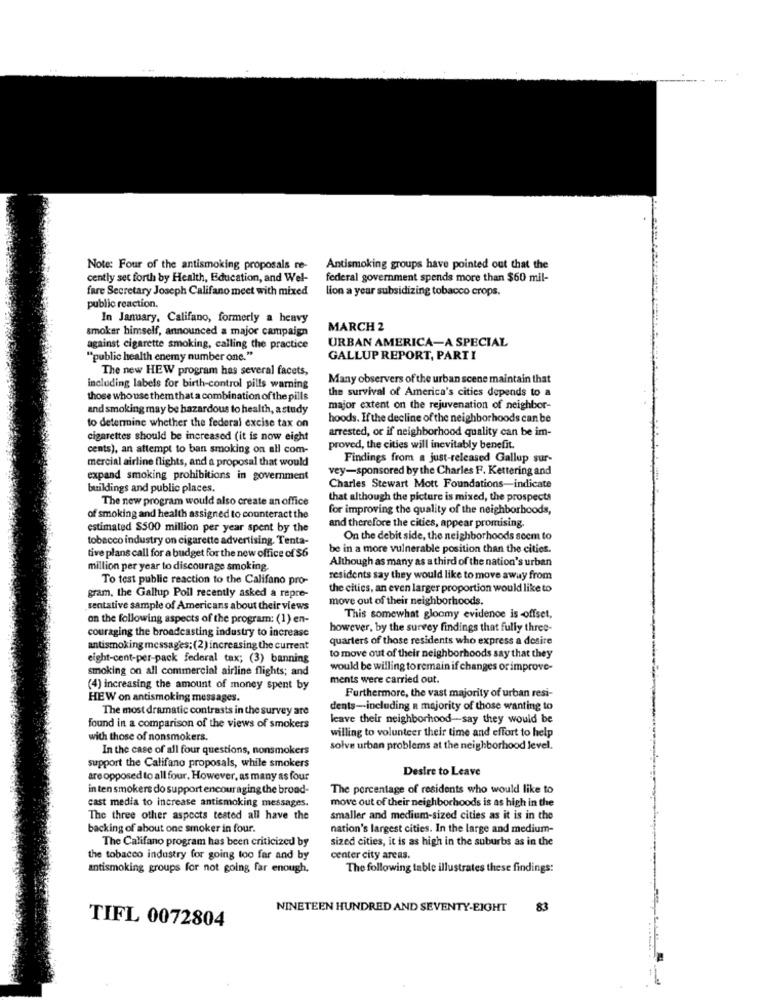
Note: Four of the antismoking proposals re-
Antismoking groups have pointed out that the
cently set forth by Health, Education, and Wel-
federal government spends more than $60 mil-
fare Secretary Joseph Califano meet with mixed
lion a year subsidizing tobacco crops.
public reaction.
In January, Califano, formerly a heavy
smoker himself, announced a major campaign
MARCH 2
URBAN AMERICA-A SPECIAL
against cigarette smoking, calling the practice
"public health enemy number one."
GALLUP REPORT, PARTI
The new HEW program has several facets,
Many observers of the urban scene maintain that
including labels for birth-control pills warning
the survival of America's cities depends to a
those who use them that a combination of the pills
and smoking may be hazardous to health, a study
major extent on the rejuvenation of neighbor-
hoods. If the decline of the neighborhoods can be
to determine whether the federal excise tax on
arrested, or if neighborhood quality can be im-
cigarettes should be increased (it is now eight
cents), an attempt to ban smoking on all com-
proved, the cities will inevitably benefit.
mercial airline flights, and a proposal that would
Findings from a just-released Gallup sur-
vey-sponsored by the Charles F. Kettering and
expand smoking prohibitions in government
buildings and public places.
Charles Stewart Mott Foundations-indicate
The new program would also create an office
that although the picture is mixed, the prospects
for improving the quality of the neighborhoods,
of smoking and health assigned to counteract the
estimated $500 million per year spent by the
and therefore the cities, appear promising.
tobacco industry on cigarette advertising. Tenta-
On the debit side, the neighborhoods seem to
be in a more vulnerable position than the cities.
tive plans call for a budget for the new office of $6
Although as many as a third of the nation's urban
million per year to discourage smoking.
To test public reaction to the Califano pro-
residents say they would like to move away from
the cities, an even larger proportion would like to
gram, the Gallup Poll recently asked a repre-
move out of their neighborhoods.
sentative sample of Americans about their views
on the following aspects of the program: (1) en-
This somewhat gloomy evidence is -offset,
however, by the survey findings that fully three-
couraging the broadcasting industry to increase
quarters of those residents who express a desire
antismoking messages: (2) increasing the current
eight-cent-per-pack federal tax; (3) banning
to move out of their neighborhoods say that they
smoking on all commercial airline flights; and
would be willing to remain if changes or improve-
ments were carried out.
(4) increasing the amount of money spent by
Furthermore, the vast majority of urban resi-
HEW on antismoking messages.
The most dramatic contrasts in the survey are
dents -- including a majority of those wanting to
leave their neighborhood-say they would be
found in a comparison of the views of smokers
willing to volunteer their time and effort to help
with those of nonsmokers.
In the case of all four questions, nonsmokers
solve urban problems at the neighborhood level.
support the Califano proposals, while smokers
Desire to Leave
are opposed to all four. However, as many as four
in ten smokers do support encouraging the broad-
The percentage of residents who would like to
cast media to increase antismoking messages.
move out of their neighborhoods is as high in the
The three other aspects tested all have the
smaller and medium-sized cities as it is in the
backing of about one smoker in four.
nation's largest cities. In the large and medium-
The Califano program has been criticized by
sized cities, it is as high in the suburbs as in the
the tobacco industry for going too far and by
center city areas.
antismoking groups for not going far enough,
The following table illustrates these findings:
NINETEEN HUNDRED AND SEVENTY-EIGHT
83
TIFL 0072804